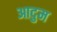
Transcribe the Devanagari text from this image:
आदुम